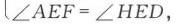
16.3 二次根式的加减（2）无法直接用标准LATEX格式准确呈现，若仅处理数字和括号部分为：$16.3\ (2)$ ，中文部分无合适LATEX标准形式对应 。